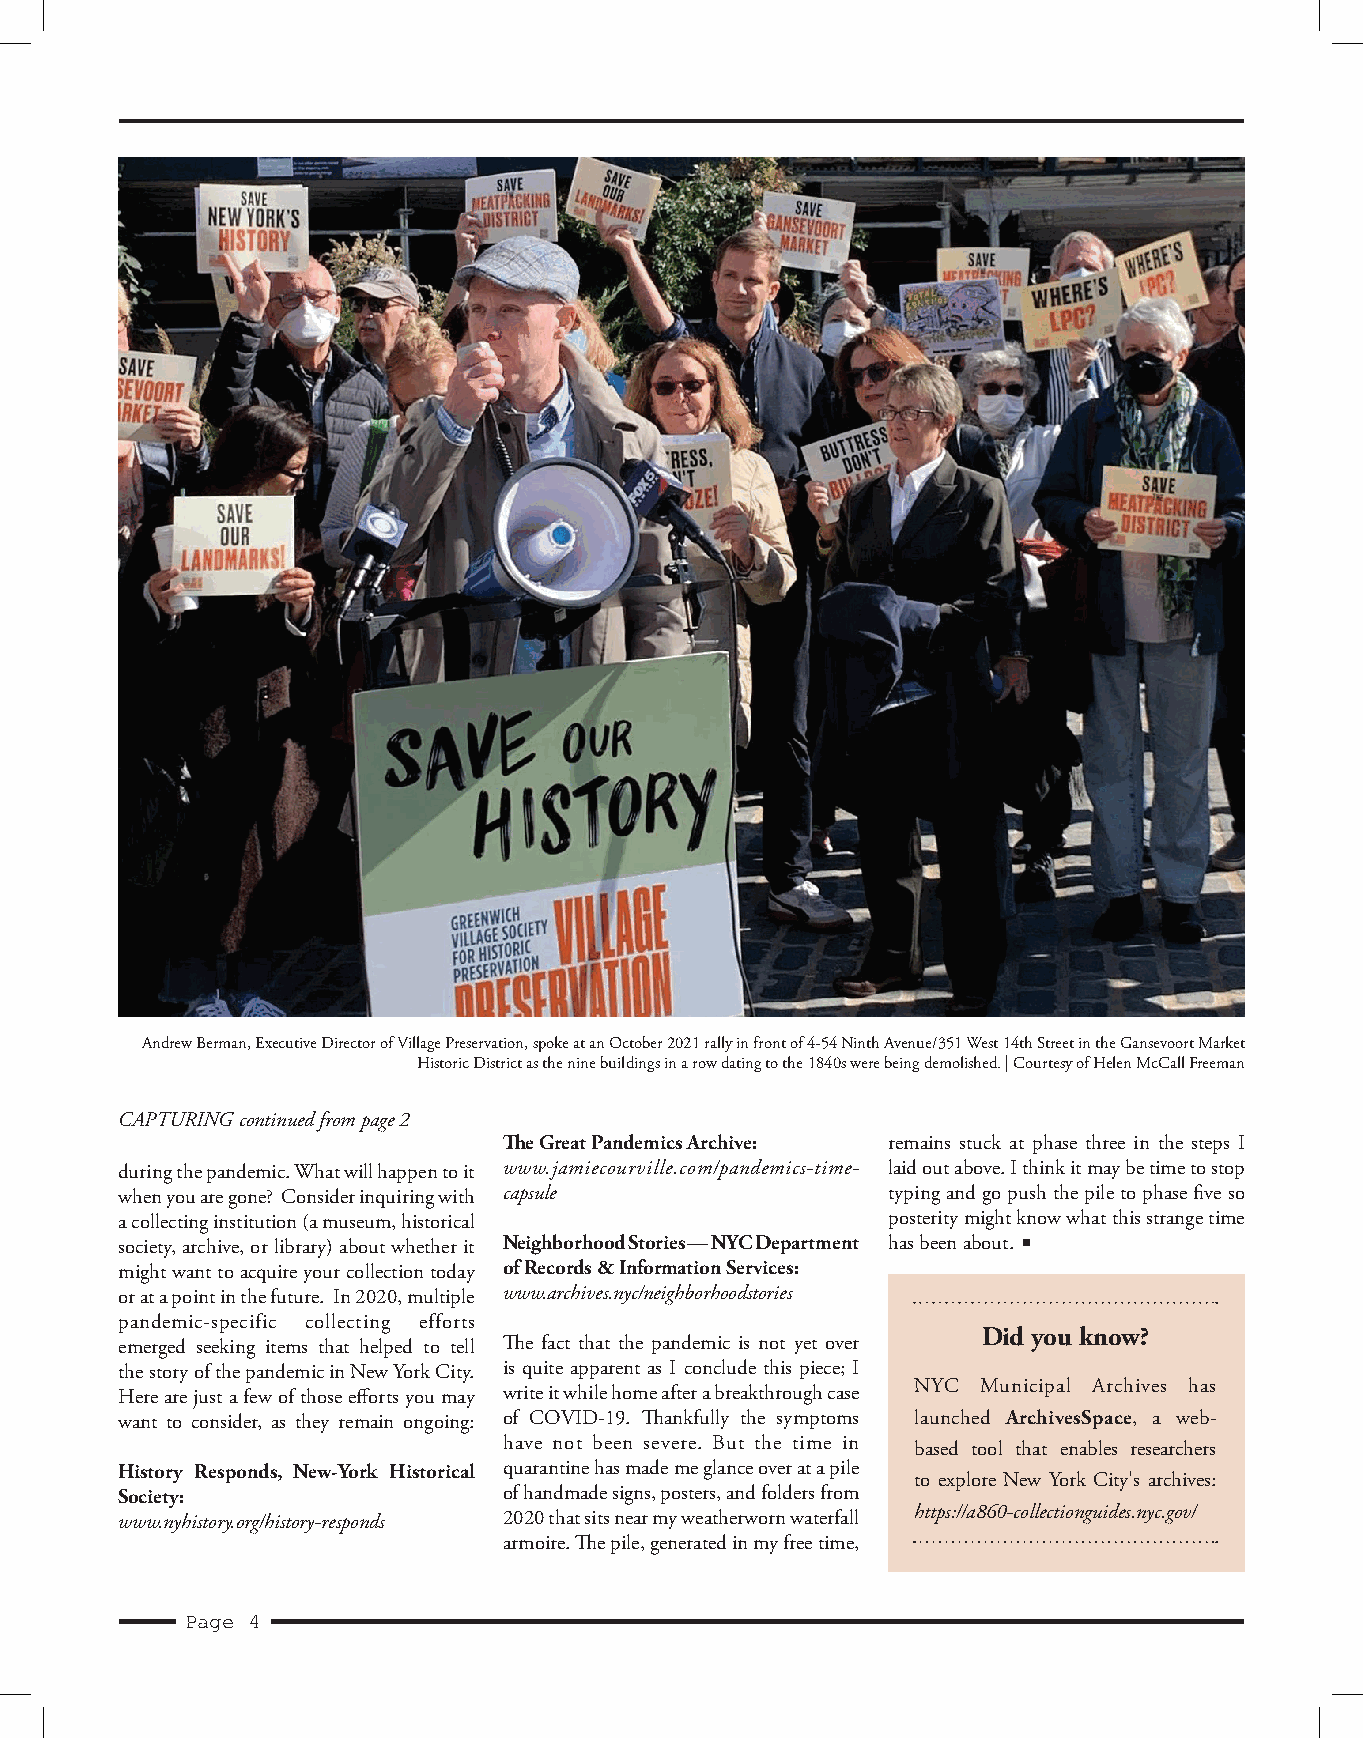
Andrew Berman, Executive Director of Village Preservation, spoke at an October 2021 rally in front of 4-54 Ninth Avenue/351 West 14th Street in the Gansevoort Market
 Historic District as the nine buildings in a row dating to the 1840s were being demolished. | Courtesy of Helen McCall Freeman
 CAPTURING continued from page 2
 The Great Pandemics Archive: remains stuck at phase three in the steps I
 during the pandemic. What will happen to it www.jamiecourville.com/pandemics-time- laid out above. I think it may be time to stop
 when you are gone? Consider inquiring with capsule typing and go push the pile to phase five so
 a collecting institution (a museum, historical     posterity might know what this strange time
 society, archive, or library) about whether it Neighborhood Stories — NYC Department has been about.
 might want to acquire your collection today of Records & Information Services:
 or at a point in the future. In 2020, multiple www.archives.nyc/neighborhoodstories
 pandemic-specific collecting efforts
 Did you know?
 emerged seeking items that helped to tell The fact that the pandemic is not yet over
 the story of the pandemic in New York City. is quite apparent as I conclude this piece; I
 NYC  Municipal Archives has
 Here are just a few of those efforts you may write it while home after a breakthrough case
 want to consider, as they remain ongoing: of COVID-19. Thankfully the symptoms launched ArchivesSpace, a web-
 have not been severe. But the time in based tool that enables researchers
 History Responds, New-York Historical quarantine has made me glance over at a pile
 to explore New York City's archives:
 Society:                 of handmade signs, posters, and folders from
 https://a860-collectionguides.nyc.gov/
 www.nyhistory.org/history-responds 2020 that sits near my weatherworn waterfall
 armoire. The pile, generated in my free time,
 Page 4